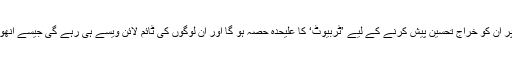
لوگوں کی پروفائل پر ان کو خراج تحسین پیش کرنے کے لیے ’ٹرِبیوٹ‘ کا علیحدہ حصہ ہو گا اور ان لوگوں کی ٹائم لائن ویسے ہی رہے گی جیسے انھوں نے چھوڑی تھی۔